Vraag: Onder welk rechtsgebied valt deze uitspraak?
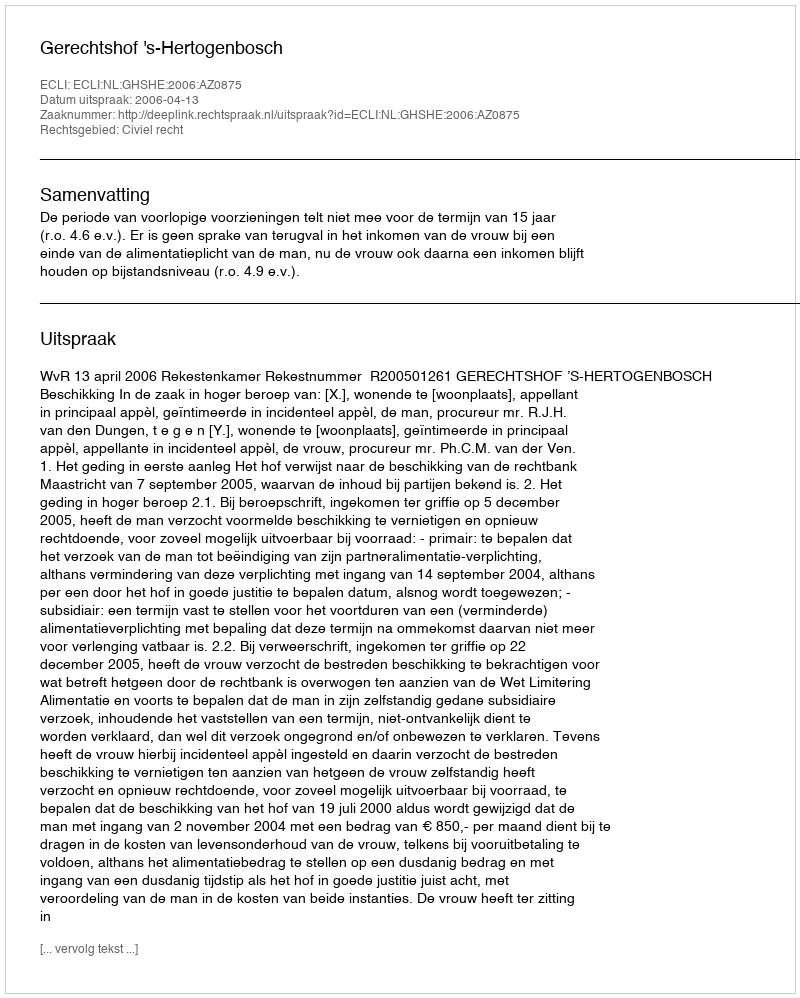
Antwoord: Civiel recht